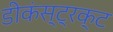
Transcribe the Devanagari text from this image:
डीकंस्ट्रक्ट